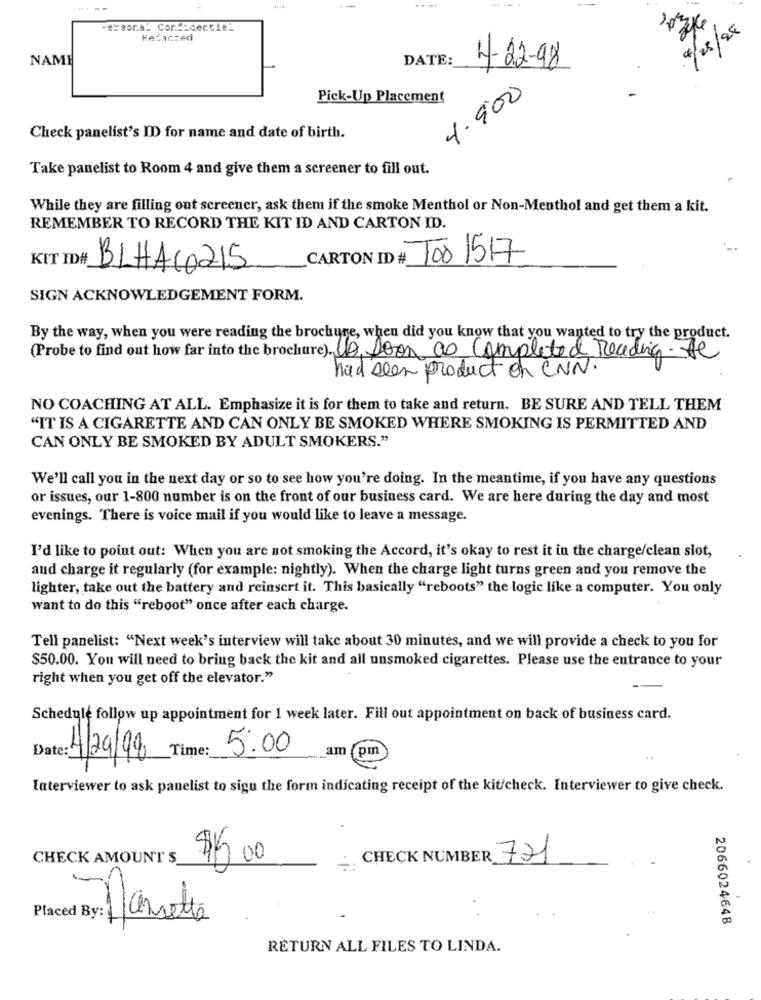
essora_ Confidential
4/28/25
Hezaczed
NAME
DATE:
4-22-98
4.900
Pick-Up Placement
Check panelist's ID for name and date of birth.
Take panelist to Room 4 and give them a screener to fill out.
While they are filling out screener, ask them if the smoke Menthol or Non-Menthol and get them a kit.
REMEMBER TO RECORD THE KIT ID AND CARTON ID.
Tos 1517
KIT ID# BLHACO215
CARTONI
SIGN ACKNOWLEDGEMENT FORM.
By the way, when you were reading the brochure, when did you know that you wanted to try the product.
(Probe to find out how far into the brochure). It Soon as Completed Reading-te
had seen product on CNN.
NO COACHING AT ALL. Emphasize it is for them to take and return. BE SURE AND TELL THEM
"IT IS A CIGARETTE AND CAN ONLY BE SMOKED WHERE SMOKING IS PERMITTED AND
CAN ONLY BE SMOKED BY ADULT SMOKERS."
We'll call you in the next day or so to see how you're doing. In the meantime, if you have any questions
or issues, our 1-800 number is on the front of our business card. We are here during the day and most
evenings. There is voice mail if you would like to leave a message.
I'd like to point out: When you are not smoking the Accord, it's okay to rest it in the charge/clean slot,
and charge it regularly (for example: nightly). When the charge light turns green and you remove the
lighter, take out the battery and reinsert it. This basically "reboots" the logic like a computer. You only
want to do this "reboot" once after each charge.
Tell panelist: "Next week's interview will take about 30 minutes, and we will provide a check to you for
$50.00. You will need to bring back the kit and all unsmoked cigarettes. Please use the entrance to your
right when you get off the elevator."
Schedule follow up appointment for 1 week later. Fill out appointment on back of business card.
5:00
am pm
Date: 4/29/98 Time:
Interviewer to ask panelist to sigu the form indicating receipt of the kit/check. Interviewer to give check.
CHECK AMOUNT S
$15.00
- CHECK NUMBER 721
3: corretto
2066024648
RETURN ALL FILES TO LINDA.